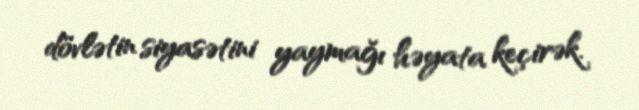
dövlətin siyasətini yaymağı həyata keçirək.